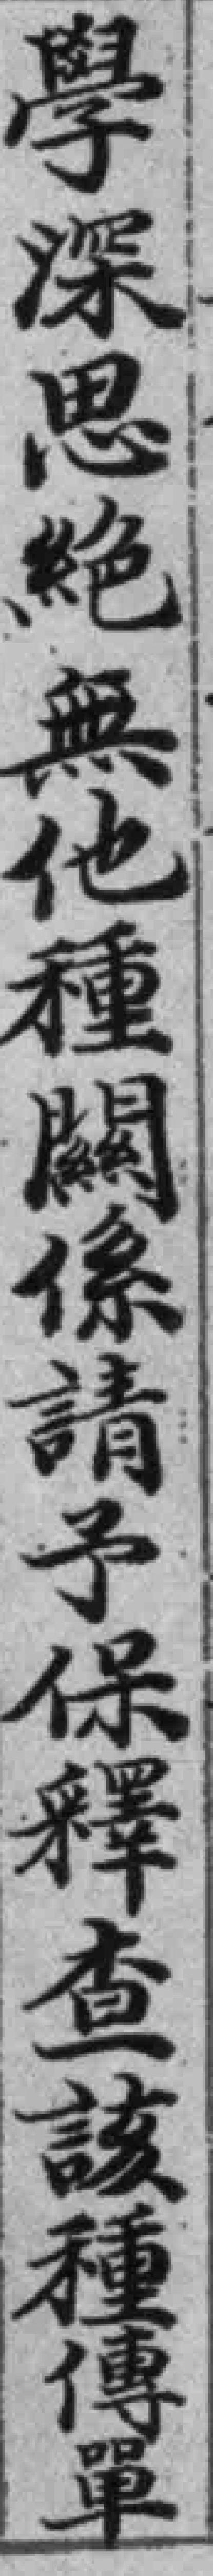
學深思絶無他種闗係請予保釋查該種傳單